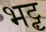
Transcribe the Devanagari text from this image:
भट्ट़